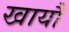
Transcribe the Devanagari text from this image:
खायौ